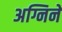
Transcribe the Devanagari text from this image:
अग्निने